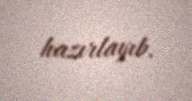
hazırlayıb.